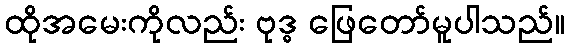
ထိုအမေးကိုလည်း ဗုဒ္ဓ ဖြေတော်မူပါသည်။